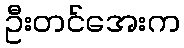
ဦးတင်အေးက